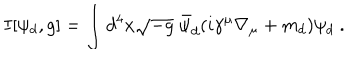
LaTeX: I [ \psi _ { d } , g ] = \int d ^ { 4 } x \sqrt { - g } ~ \bar { \psi } _ { d } ( i \gamma ^ { \mu } \nabla _ { \mu } + m _ { d } ) \psi _ { d } ~ .